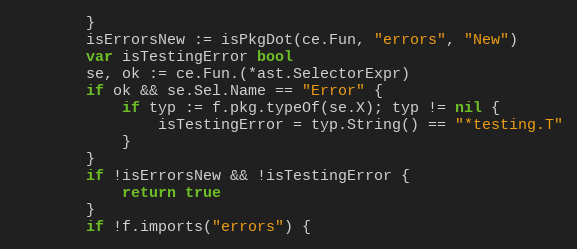
Language: Go
		}
		isErrorsNew := isPkgDot(ce.Fun, "errors", "New")
		var isTestingError bool
		se, ok := ce.Fun.(*ast.SelectorExpr)
		if ok && se.Sel.Name == "Error" {
			if typ := f.pkg.typeOf(se.X); typ != nil {
				isTestingError = typ.String() == "*testing.T"
			}
		}
		if !isErrorsNew && !isTestingError {
			return true
		}
		if !f.imports("errors") {